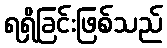
ရရှိခြင်းဖြစ်သည်